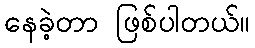
နေခဲ့တာ ဖြစ်ပါတယ်။